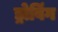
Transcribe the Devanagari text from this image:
ड्रोविंग